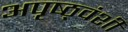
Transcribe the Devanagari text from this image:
अपृष्ठ्वंशी